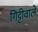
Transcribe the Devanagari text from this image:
गिट्टीवाले